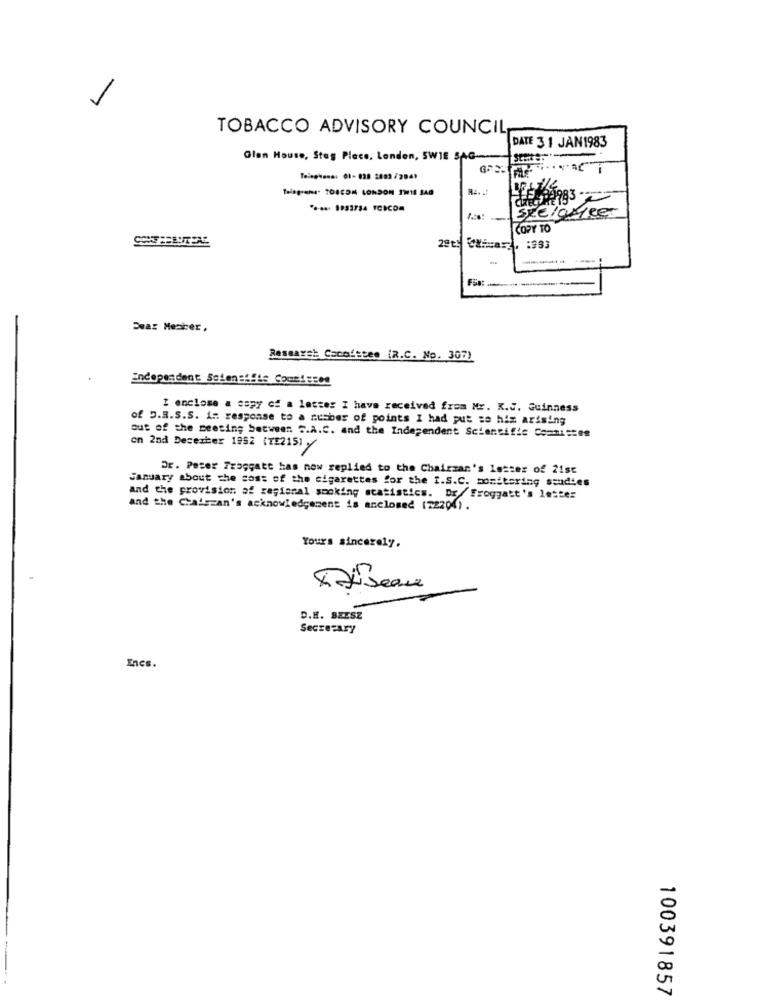
TOBACCO ADVISORY COUNCIL
DATE 31 JAN1983
Glan House, Stag Place, London, SWIE SAG ----
Telephone: 01-028 2003/2041
CHEGARES
**-* a> 1933754 YCICD=
spelareen
COPY TO
29t! Chicas , : 993
--
Dear Mesicer ,
Research Cecolttes (R.C. No. 307)
independent Sciens !! is Comeiscen
I enclose a copy of a letter I have received from Mr. K.J. Guinness
of D.a.S.S. in response to a number of points I had put sa his arising
out of the meeting between S.A.C. and the Independent Scientific Committee
on 2nd December 1992 (7E215) y
Dr. Peter Fraggatt has now replied to the Chairzan's letter of 21st
January about the cost of the cigarettes for the I.S.C. monitoring studies
and the provision of regional smoking statistics. Dr/Froggatt's letter
and the Chairzan's acknowledgement is enclosed (72204).
Yours sincerely.
DiBeau
D.H. BZESZ
Secretary
Encs.
100391857